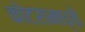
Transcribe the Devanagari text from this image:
कोटरामध्ये